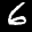
Label: 6